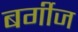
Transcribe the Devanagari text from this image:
बर्गीज